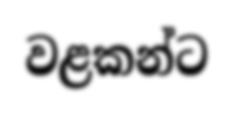
වළකන්ට